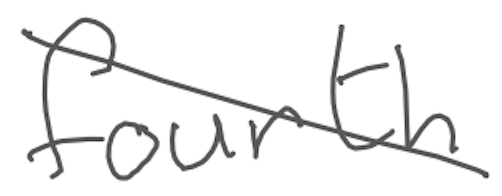
Text: fourth
Cross-out: diagonal
Writing tool: digital_gray